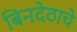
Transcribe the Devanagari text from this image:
बिनदेठाचे